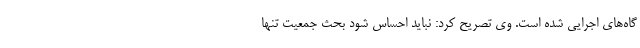
گاه‌های اجرایی شده است. وی تصریح کرد: نباید احساس شود بحث جمعیت تنها